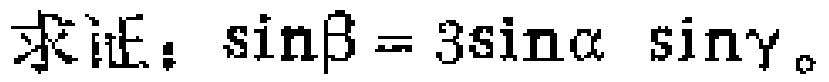
求证：\(\sin\beta = 3\sin\alpha\sin\gamma\)。